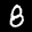
Label: 8